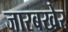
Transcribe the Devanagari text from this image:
जारबखेर